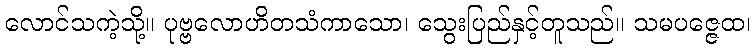
လောင်သကဲ့သို့။ ပုဗ္ဗလောဟိတသံကာသော၊ သွေးပြည်နှင့်တူသည်။ သမပဇ္ဇေထ၊